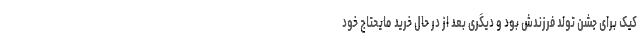
کیک برای جشن تولد فرزندش بود و دیگری بعد از در حال خرید مایحتاج خود